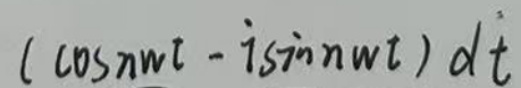
$(\cos n\omega t - i\sin n\omega t)\mathrm{d}t$